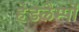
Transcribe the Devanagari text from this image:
हेडलैम्पों